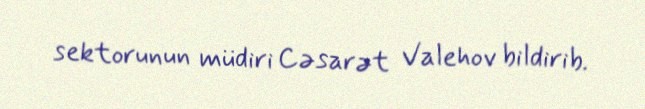
sektorunun müdiri Cəsarət Valehov bildirib.